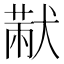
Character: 𤠨